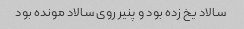
سالاد یخ زده بود و پنیر روی سالاد مونده بود